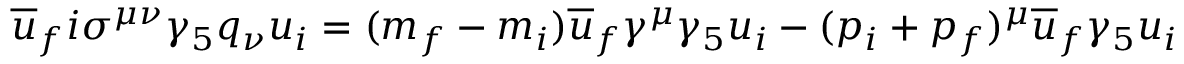
\overline { { { u } } } _ { f } i \sigma ^ { \mu \nu } \gamma _ { 5 } q _ { \nu } u _ { i } = ( m _ { f } - m _ { i } ) \overline { { { u } } } _ { f } \gamma ^ { \mu } \gamma _ { 5 } u _ { i } - ( p _ { i } + p _ { f } ) ^ { \mu } \overline { { { u } } } _ { f } \gamma _ { 5 } u _ { i }